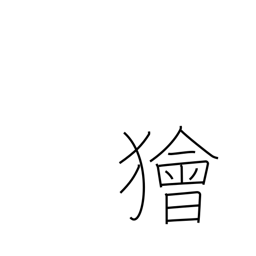
Meaning: crafty